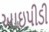
આઇપીડી